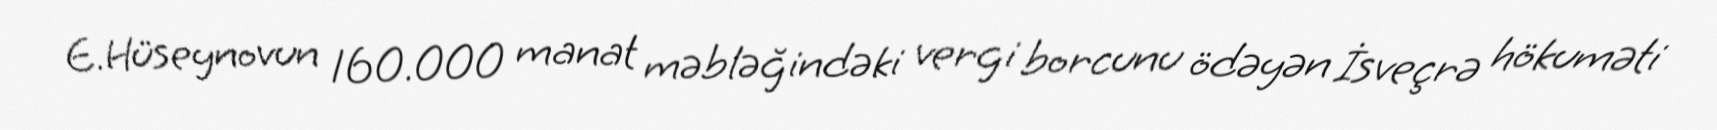
E.Hüseynovun 160.000 manat məbləğindəki vergi borcunu ödəyən İsveçrə hökuməti